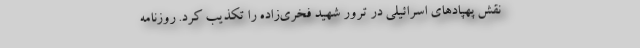
نقش پهپادهای اسرائیلی در ترور شهید فخری‌زاده را تکذیب کرد. روزنامه